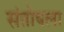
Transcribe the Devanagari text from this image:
संतोषला